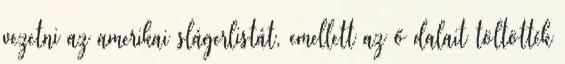
vezetni az amerikai slágerlistát, emellett az ő dalait töltötték